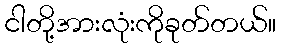
ငါတို့အားလုံးကိုခုတ်တယ်။